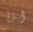
انا